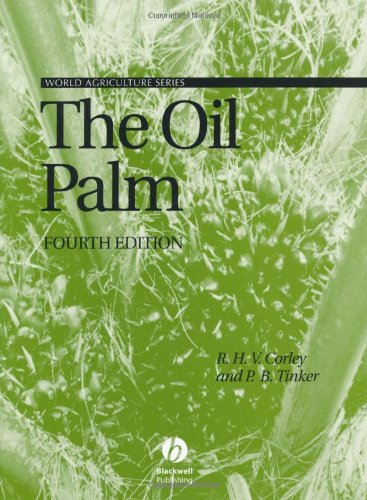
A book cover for The Oil Palm; R. H. V. Corley; Science & Math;